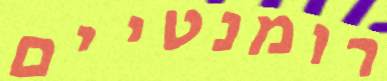
רומנטיים